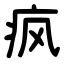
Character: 疯